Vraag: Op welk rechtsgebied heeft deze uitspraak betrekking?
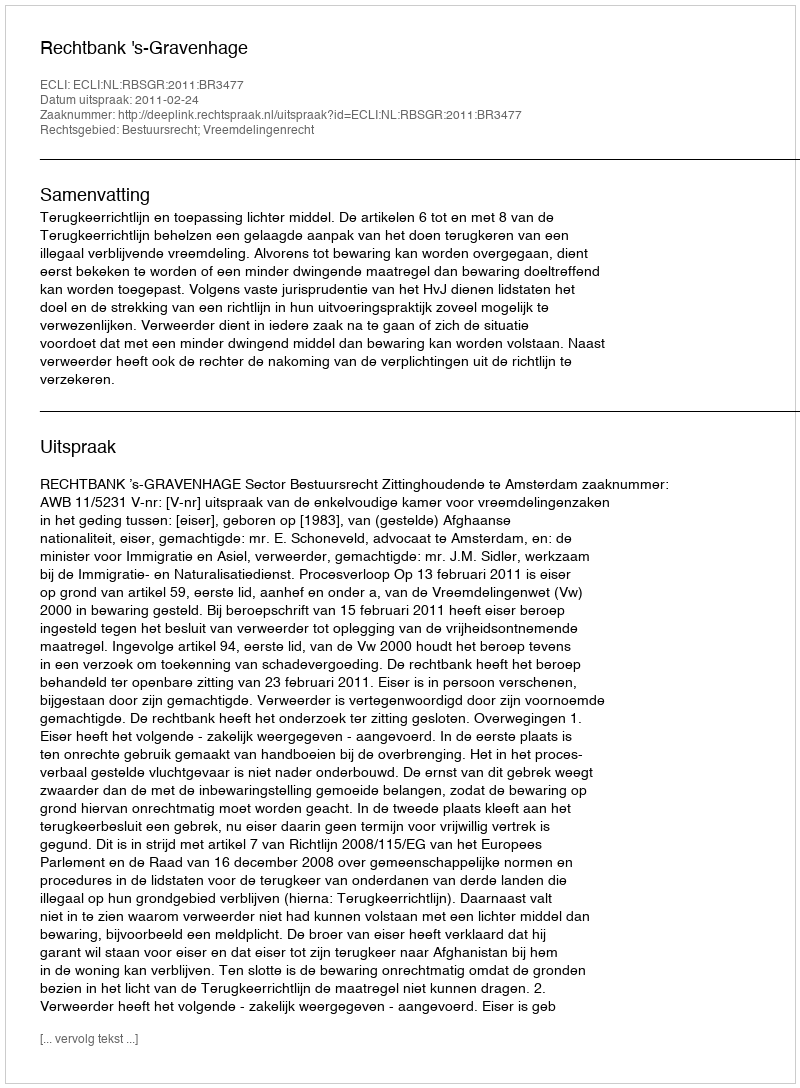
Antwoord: Bestuursrecht; Vreemdelingenrecht